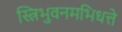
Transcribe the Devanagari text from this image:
स्त्रिभुवनमभिधत्ते